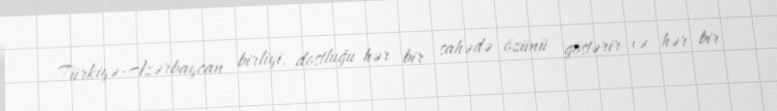
Türkiyə-Azərbaycan birliyi, dostluğu hər bir sahədə özünü göstərir və hər bir